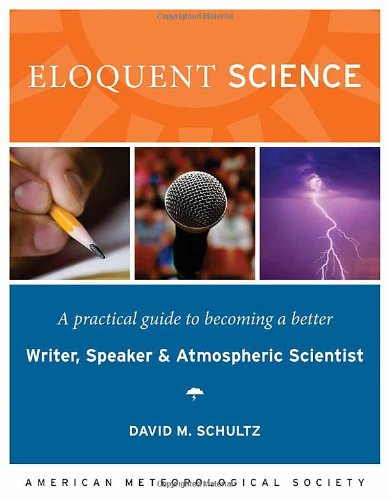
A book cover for Eloquent Science: A Practical Guide to Becoming a Better Writer, Speaker and Scientist; David M. Schultz; Science & Math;